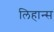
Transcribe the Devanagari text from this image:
लिहान्स